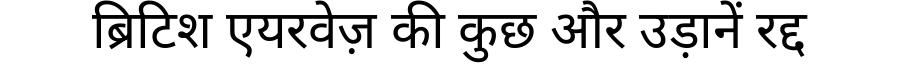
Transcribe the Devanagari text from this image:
ब्रिटिश एयरवेज़ की कुछ और उड़ानें रद्द